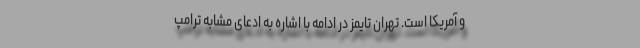
و آمریکا است. تهران تایمز در ادامه با ‌اشاره به ادعای مشابه ترامپ